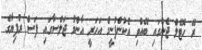
ރޭ ހޮޓެލް ޖެންގައި ބޭއްވި އެކުންފުނީގެ އަހަރީ އާންމު ޖަލްސާގައި ފަސް ރުފިޔާގެ